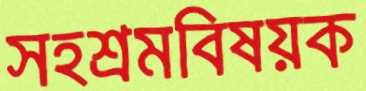
সহশ্রমবিষয়ক